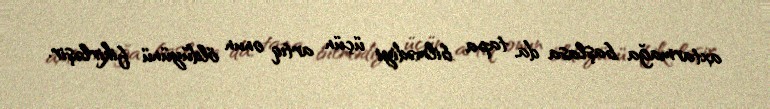
axtarmağa başlasa da, tapa bilmədiyi üçün artıq onun öldüyünü fikirləşir.